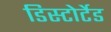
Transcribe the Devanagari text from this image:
डिस्टोर्टेड